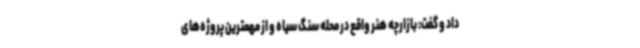
داد و گفت: بازارچه هنر واقع در محله سنگ سیاه و از مهمترین پروژه‌های